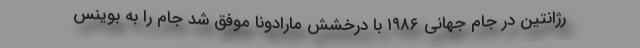
رژانتین در جام جهانی ۱۹۸۶ با درخشش مارادونا موفق شد جام را به بوینس